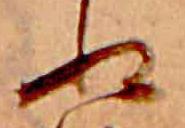
ぬ